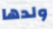
ولدها